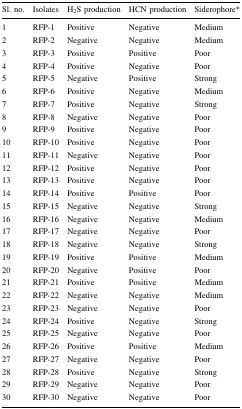
<table><thead><tr><td><b>Sl. no.</b></td><td><b>Isolates</b></td><td><b>H<sub>2</sub>S production</b></td><td><b>HCN production</b></td><td><b>Siderophore*</b></td></tr></thead><tbody><tr><td>1</td><td>RFP-1</td><td>Positive</td><td>Negative</td><td>Medium</td></tr><tr><td>2</td><td>RFP-2</td><td>Negative</td><td>Negative</td><td>Medium</td></tr><tr><td>3</td><td>RFP-3</td><td>Positive</td><td>Positive</td><td>Poor</td></tr><tr><td>4</td><td>RFP-4</td><td>Positive</td><td>Negative</td><td>Poor</td></tr><tr><td>5</td><td>RFP-5</td><td>Negative</td><td>Positive</td><td>Strong</td></tr><tr><td>6</td><td>RFP-6</td><td>Positive</td><td>Negative</td><td>Medium</td></tr><tr><td>7</td><td>RFP-7</td><td>Positive</td><td>Negative</td><td>Strong</td></tr><tr><td>8</td><td>RFP-8</td><td>Negative</td><td>Negative</td><td>Poor</td></tr><tr><td>9</td><td>RFP-9</td><td>Positive</td><td>Negative</td><td>Poor</td></tr><tr><td>10</td><td>RFP-10</td><td>Positive</td><td>Negative</td><td>Poor</td></tr><tr><td>11</td><td>RFP-11</td><td>Negative</td><td>Negative</td><td>Poor</td></tr><tr><td>12</td><td>RFP-12</td><td>Positive</td><td>Negative</td><td>Poor</td></tr><tr><td>13</td><td>RFP-13</td><td>Positive</td><td>Negative</td><td>Poor</td></tr><tr><td>14</td><td>RFP-14</td><td>Positive</td><td>Positive</td><td>Poor</td></tr><tr><td>15</td><td>RFP-15</td><td>Negative</td><td>Negative</td><td>Strong</td></tr><tr><td>16</td><td>RFP-16</td><td>Negative</td><td>Negative</td><td>Medium</td></tr><tr><td>17</td><td>RFP-17</td><td>Negative</td><td>Negative</td><td>Poor</td></tr><tr><td>18</td><td>RFP-18</td><td>Negative</td><td>Negative</td><td>Strong</td></tr><tr><td>19</td><td>RFP-19</td><td>Positive</td><td>Positive</td><td>Medium</td></tr><tr><td>20</td><td>RFP-20</td><td>Negative</td><td>Positive</td><td>Poor</td></tr><tr><td>21</td><td>RFP-21</td><td>Positive</td><td>Positive</td><td>Medium</td></tr><tr><td>22</td><td>RFP-22</td><td>Negative</td><td>Negative</td><td>Medium</td></tr><tr><td>23</td><td>RFP-23</td><td>Negative</td><td>Negative</td><td>Poor</td></tr><tr><td>24</td><td>RFP-24</td><td>Positive</td><td>Negative</td><td>Strong</td></tr><tr><td>25</td><td>RFP-25</td><td>Negative</td><td>Negative</td><td>Poor</td></tr><tr><td>26</td><td>RFP-26</td><td>Positive</td><td>Positive</td><td>Medium</td></tr><tr><td>27</td><td>RFP-27</td><td>Negative</td><td>Negative</td><td>Poor</td></tr><tr><td>28</td><td>RFP-28</td><td>Positive</td><td>Negative</td><td>Strong</td></tr><tr><td>29</td><td>RFP-29</td><td>Negative</td><td>Negative</td><td>Poor</td></tr><tr><td>30</td><td>RFP-30</td><td>Negative</td><td>Negative</td><td>Poor</td></tr></tbody></table>